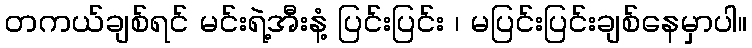
တကယ်ချစ်ရင် မင်းရဲ့အီးနံ့ ပြင်းပြင်း ၊ မပြင်းပြင်းချစ်နေမှာပါ။